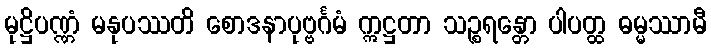
မုဋ္ဌိပဏ္ဏံ မနုပဿတိ စောဒနာပုဗ္ဗင်္ဂမံ ဣဋ္ဌတာ သဉ္စရန္တော ပါပတ္ထ ဓမ္မဿာမီ